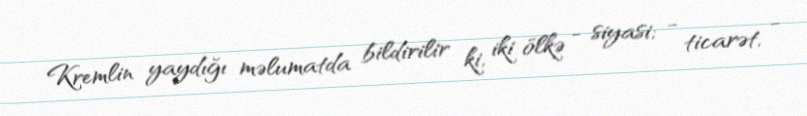
Kremlin yaydığı məlumatda bildirilir ki, iki ölkə - siyasi; - ticarət, -